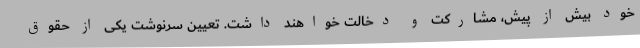
خود بیش از پیش، مشارکت و دخالت خواهند داشت. تعیین سرنوشت یکی از حقوق